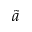
\tilde { a }